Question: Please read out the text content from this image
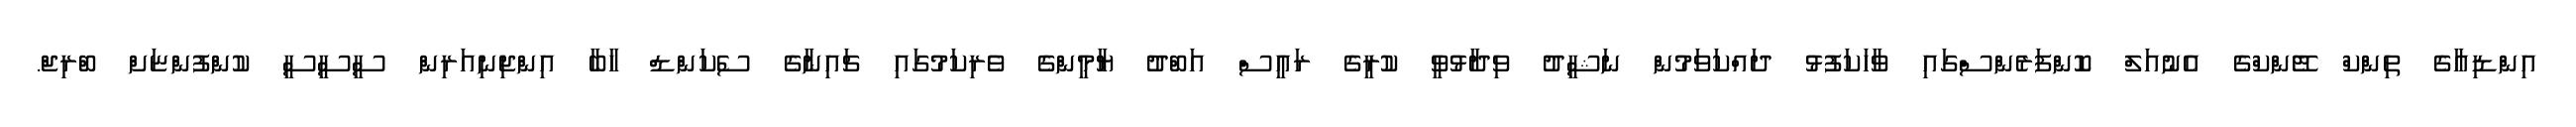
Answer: އިންޑިއާގެ ތިންކް ޓޭންކްގެ އެނުއަލް ކޮންފަރެންސްގައި ވާހަކަފުޅު ދައްކަވަމުން ނަޝީދު ވިދާޅުވީ ކުރީގެ ރައީސް އަބްދު ޔާމީންގެ ވެރިކަމުގައި ޗައިނާގެ ސެކަންޑް ހާބާ އިންޖިނިއަރިން ސީސީސީ ކުންފުންޏަށް ބްރިޖް.